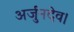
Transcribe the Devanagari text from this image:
अर्जुनदेव।